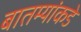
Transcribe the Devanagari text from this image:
बातम्यांकडे